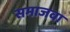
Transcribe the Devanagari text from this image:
समाजवा